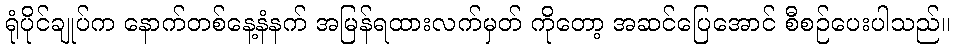
ရုံပိုင်ချုပ်က နောက်တစ်နေ့နံနက် အမြန်ရထားလက်မှတ် ကိုတော့ အဆင်ပြေအောင် စီစဉ်ပေးပါသည်။